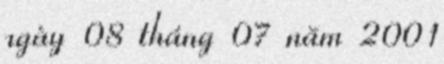
ngày 08 tháng 07 năm 2001